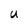
Character: U